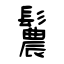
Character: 鬞